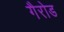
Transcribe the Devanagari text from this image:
गैरोड